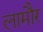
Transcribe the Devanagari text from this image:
लामौर